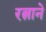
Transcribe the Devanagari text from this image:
रत्नाने